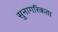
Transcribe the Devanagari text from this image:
सुनागरिकता